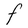
Character: F